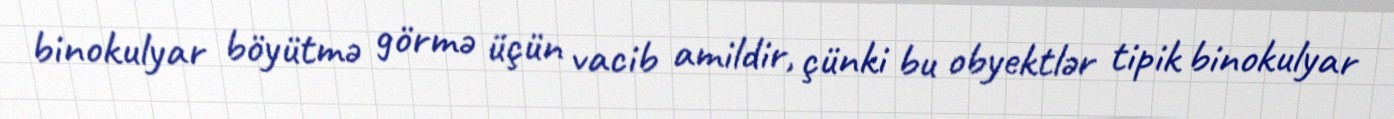
binokulyar böyütmə görmə üçün vacib amildir, çünki bu obyektlər tipik binokulyar